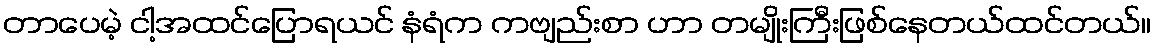
တာပေမဲ့ ငါ့အထင်ပြောရယင် နံရံက ကဗျည်းစာ ဟာ တမျိုးကြီးဖြစ်နေတယ်ထင်တယ်။